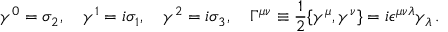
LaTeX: \gamma ^ { 0 } = \sigma _ { 2 } , \quad \gamma ^ { 1 } = i \sigma _ { 1 } , \quad \gamma ^ { 2 } = i \sigma _ { 3 } , \quad \Gamma ^ { \mu \nu } \equiv \frac { 1 } { 2 } \{ \gamma ^ { \mu } , \gamma ^ { \nu } \} = i \epsilon ^ { \mu \nu \lambda } \gamma _ { \lambda } \, .